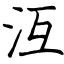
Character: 沍